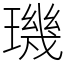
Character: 璣